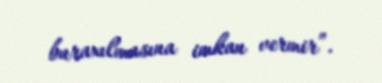
buraxılmasına imkan vermir”.